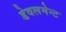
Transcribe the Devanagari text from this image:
डेवलमेन्ट